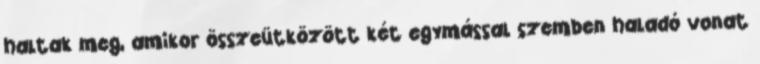
haltak meg, amikor összeütközött két egymással szemben haladó vonat